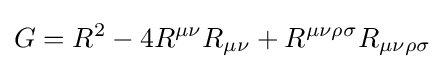
G=R^{2}-4R^{\mu \nu }R_{\mu \nu }+R^{\mu \nu \rho \sigma }R_{\mu \nu \rho \sigma }